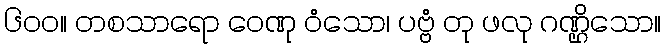
၆၀၀။ တစသာရော ဝေဏု ဝံသော၊ ပဗ္ဗံ တု ဖလု ဂဏ္ဌိသော။